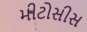
મીટોસીસ